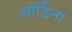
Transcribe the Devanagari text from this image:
ऑर्डिना